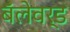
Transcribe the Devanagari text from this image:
बॅलेवर्ड